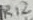
Text: R12